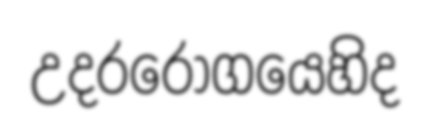
උදරරොගයෙහිද